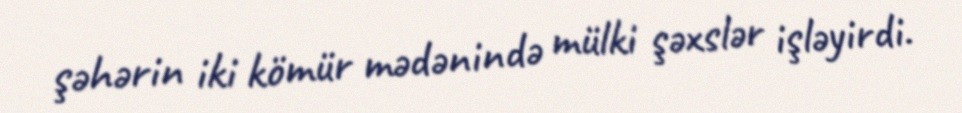
şəhərin iki kömür mədənində mülki şəxslər işləyirdi.